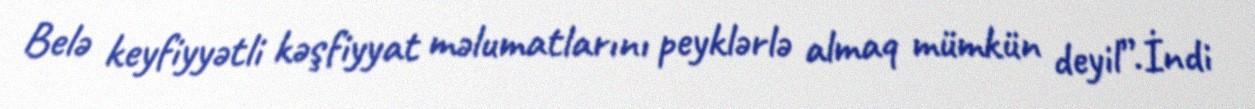
Belə keyfiyyətli kəşfiyyat məlumatlarını peyklərlə almaq mümkün deyil”.İndi